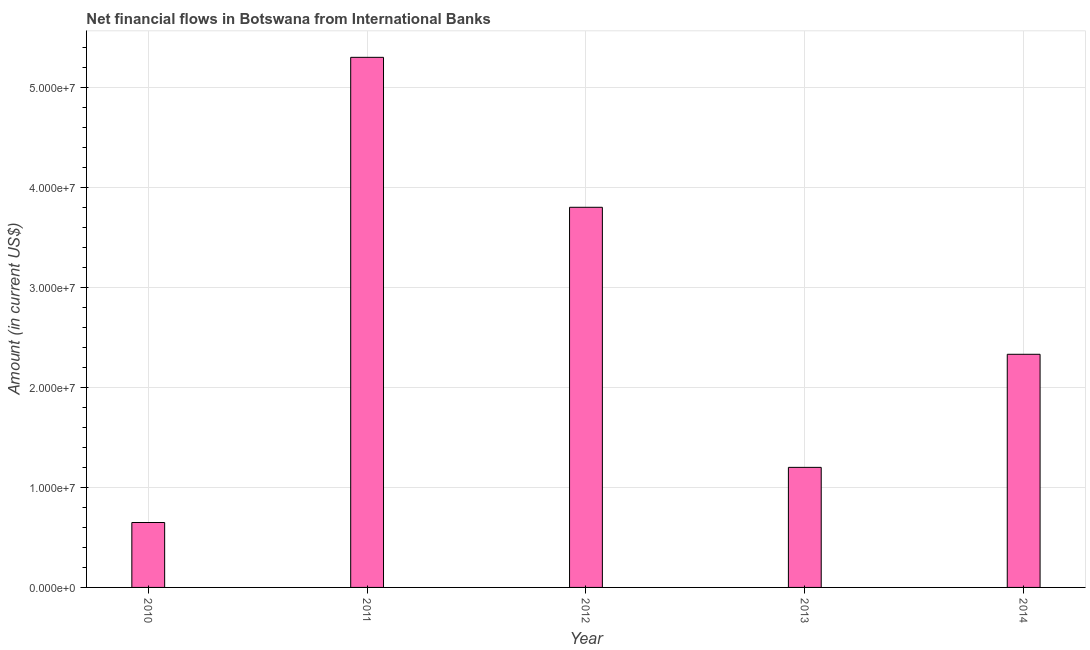
| Year | Net financial flows from IBRD |
 | --- | --- |
 | 2010 | 6.49e+06 |
 | 2011 | 5.3e+07 |
 | 2012 | 3.8e+07 |
 | 2013 | 1.2e+07 |
 | 2014 | 2.33e+07 |